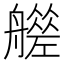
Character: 𦪮